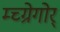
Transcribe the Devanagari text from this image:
म्च्ग्रेगोर्